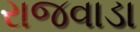
રાજવાડા